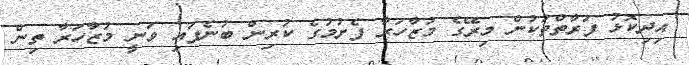
އިދިކޮޅު ފަރާތްތަކުން މިރޭގެ މުޒާހަރާ ފެށުމުގެ ކުރިން ބުނެފައި ވަނީ މުޒާހަރާ ތިން